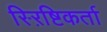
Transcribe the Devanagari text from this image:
स्ऱिष्टिकर्ता